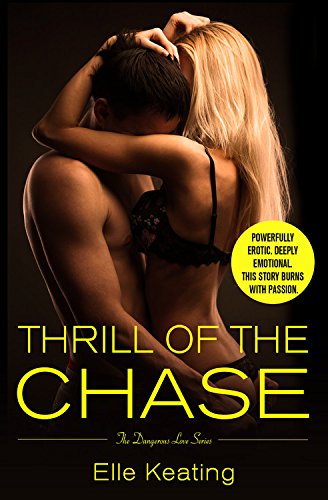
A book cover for Thrill of the Chase (Dangerous Love); Elle Keating; Romance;